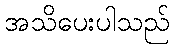
အသိပေးပါသည်